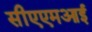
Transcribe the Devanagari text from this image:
सीएएमआई